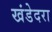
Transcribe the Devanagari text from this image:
खंडेदरा